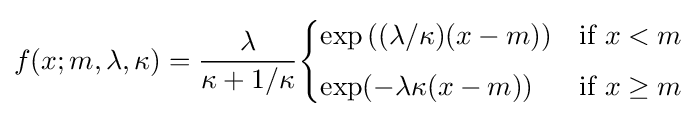
f(x;m,\lambda ,\kappa )={\frac {\lambda }{\kappa +1/\kappa }}{\begin{cases}\exp \left((\lambda /\kappa )(x-m)\right)&{\text{if }}x<m\\[4pt]\exp(-\lambda \kappa (x-m))&{\text{if }}x\geq m\end{cases}}